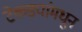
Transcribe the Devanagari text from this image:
टेकड्यांमधून